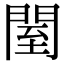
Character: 𨴗